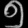
Digit: ၅